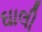
ઘાલી